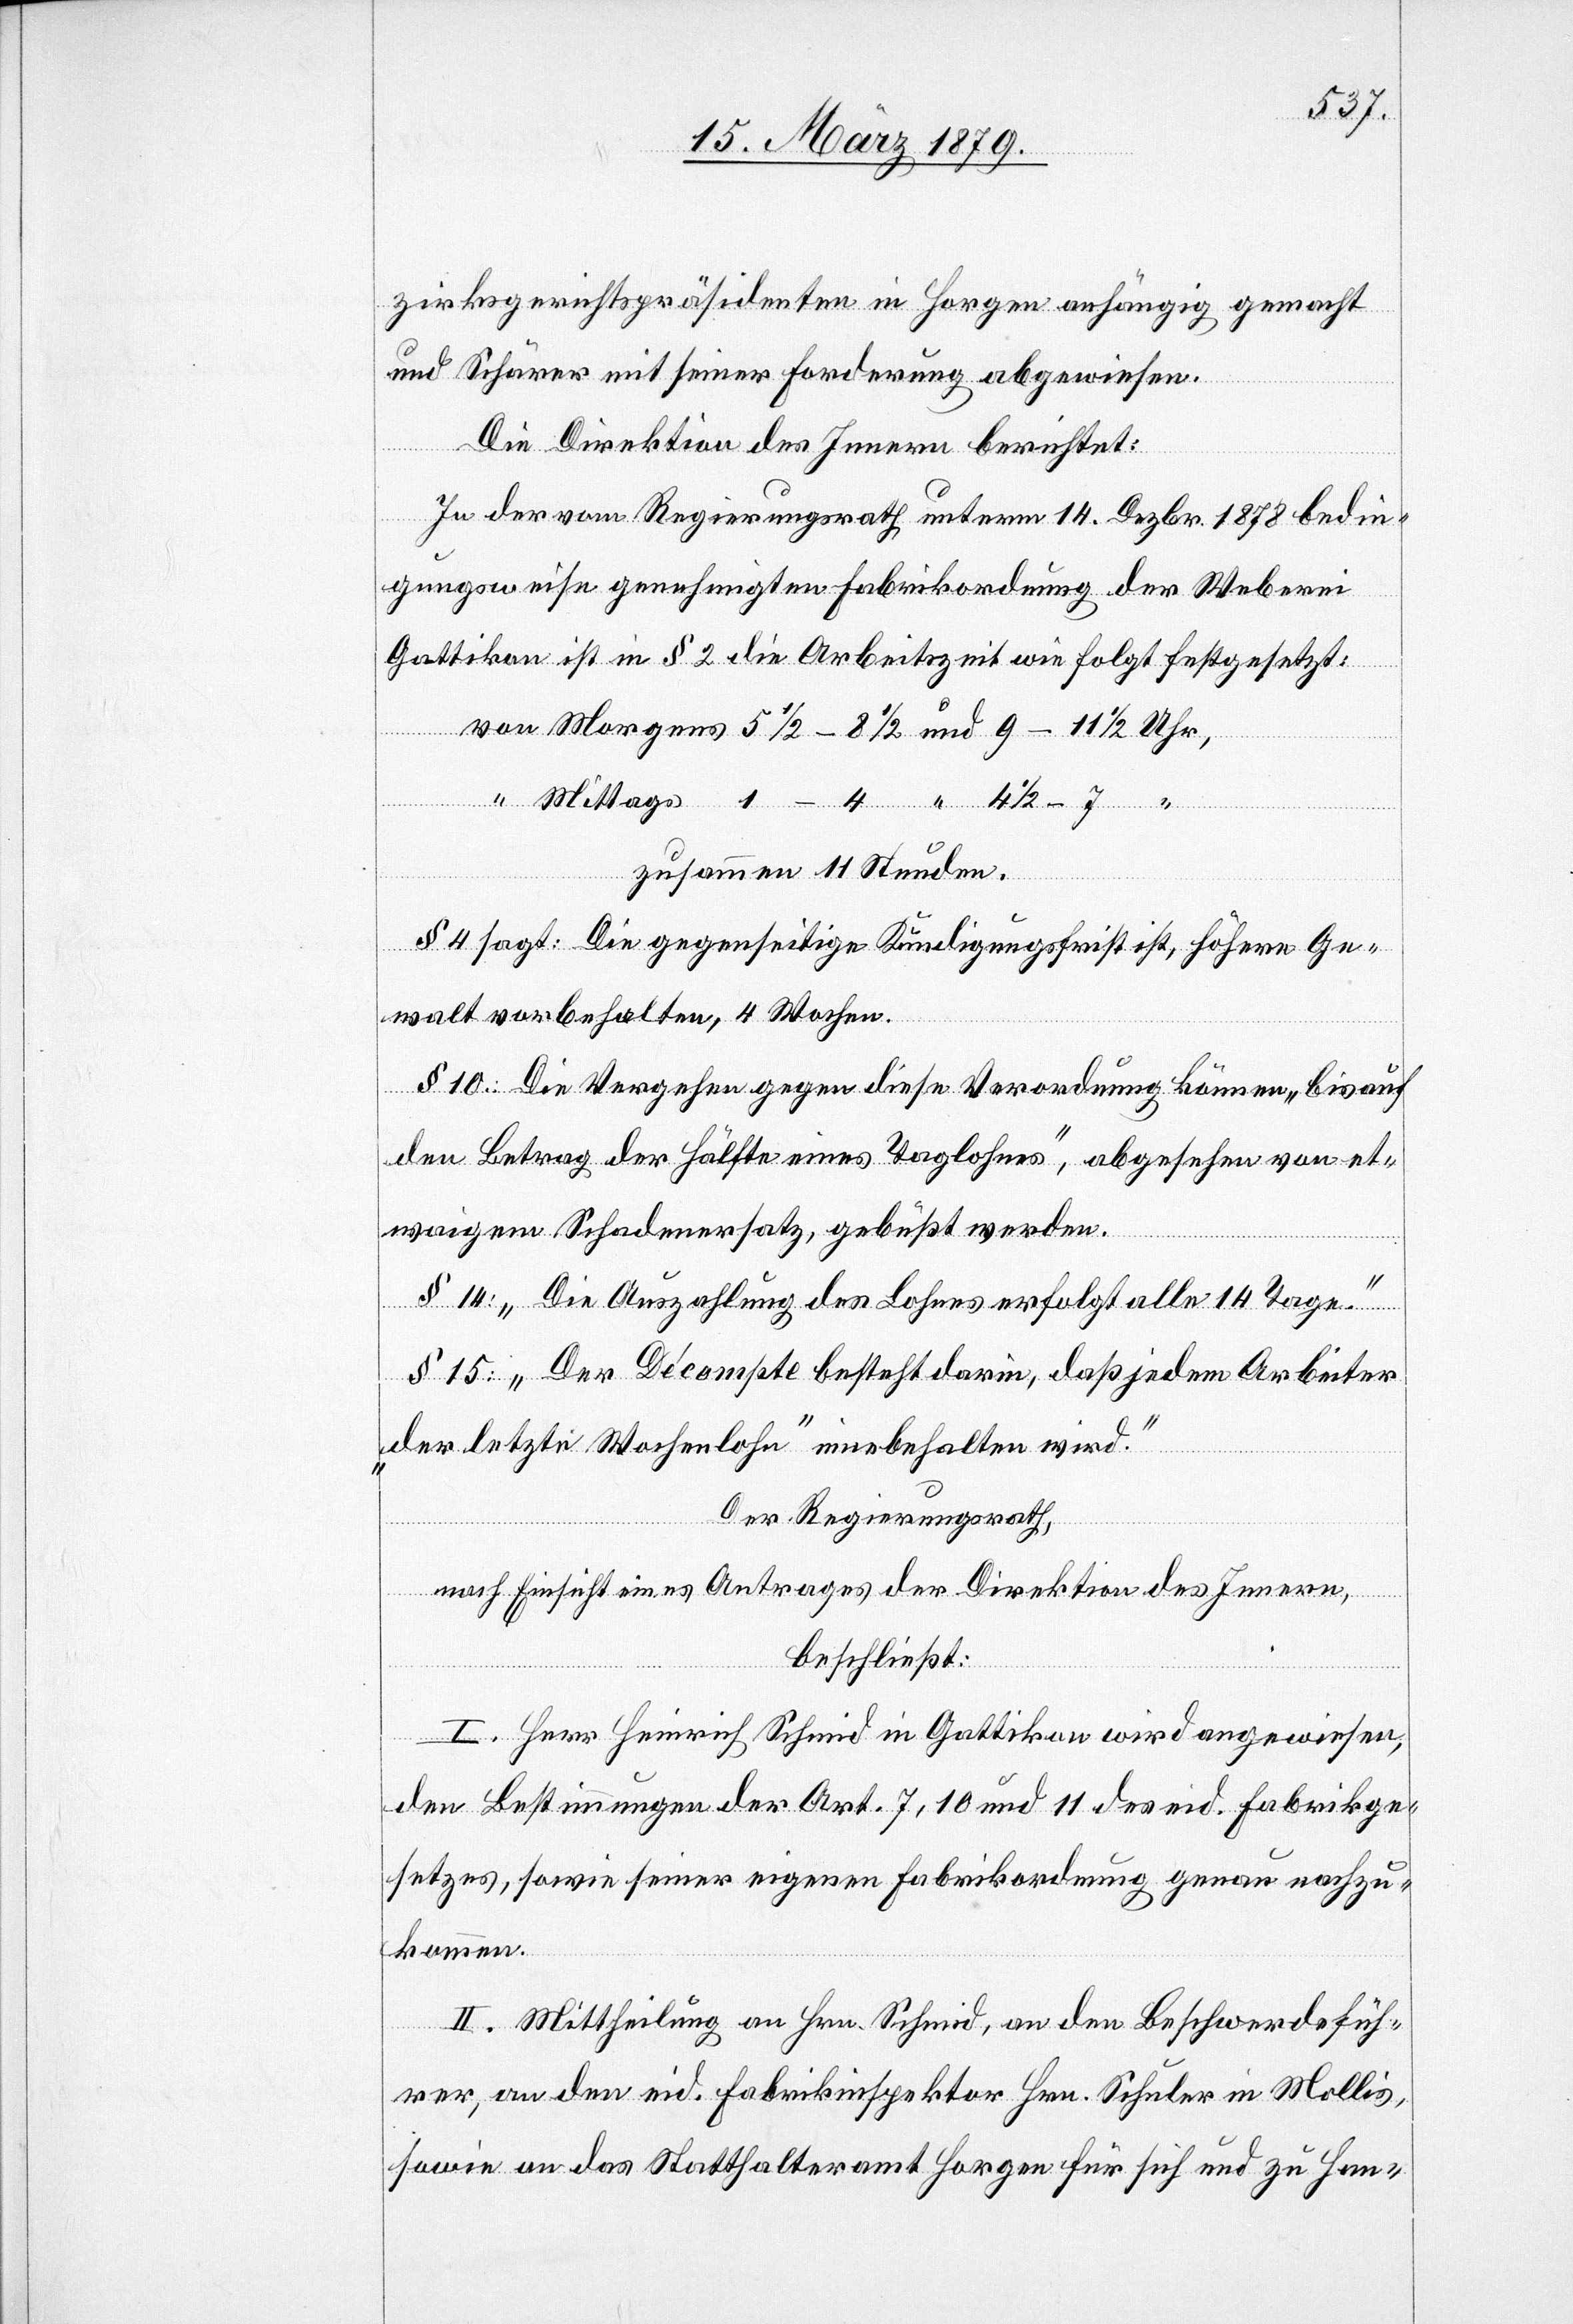
zirksgerichtspräsidenten in Horgen anhängig gemacht
und Schärer mit seiner Forderung abgewiesen.
Die Direktion des Innern berichtet:
In der vom Regierungsrath unterm 14. Dezbr. 1878 bedin¬
gungsweise genehmigten Fabrikordnung der Weberei
Gattikon ist in § 2 die Arbeitszeit wie folgt festgesetzt:
zusammen 11 Stunden.
§ 4 sagt: Die gegenseitige Kündigungsfrist ist, höhere Ge¬
walt vorbehalten, 4 Wochen.
1–4
§ 10: Die Vergehen gegen diese Verordnung können „bis auf
den Betrag der Hälfte eines Taglohns“, abgesehen von et¬
waigem Schadenersatz gebüßt werden.
§ 14: „Die Auszahlung des Lohnes erfolgt alle 14 Tage.“
§ 15: „Der Décompte besteht darin, daß jedem Arbeiter
„der letzte Wochenlohn“ innebehalten wird.“
Der Regierungsrath,
Mit¬
nach Einsicht eines Antrages der Direktion des Innern,
“
“
beschließt:
I. Herr Heinrich Schmid in Gattikon wird angewiesen,
und
den Bestimmungen der Art. 7, 10 und 11 des eid. Fabrikge¬
setzes, sowie seiner eigenen Fabrikordnung genau nachzu¬
kommen.
II. Mittheilung an Hrn. Schmid, an den Beschwerdefüh¬
rer, an den eid. Fabrikinspektor Hrn. Schuler in Mollis,
sowie an das Statthalteramt Horgen für sich und zu Han-